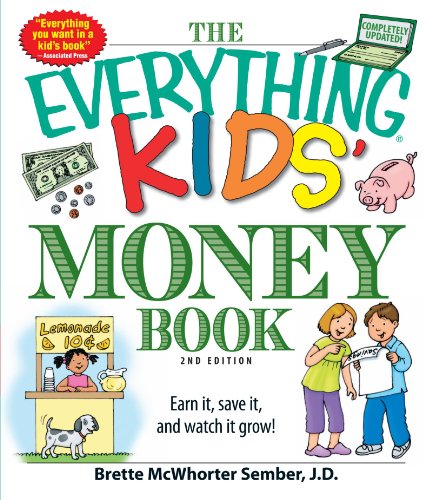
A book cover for The Everything Kids' Money Book: Earn it, save it, and watch it grow!; Brette McWhorter Sember; Children's Books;